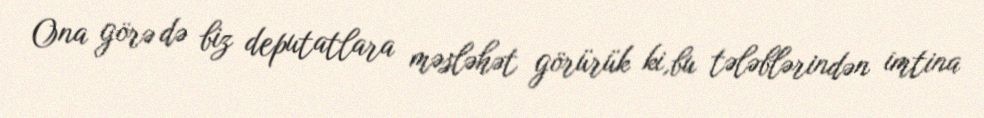
Ona görə də biz deputatlara məsləhət görürük ki,bu tələblərindən imtina